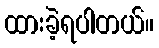
ထားခဲ့ရပါတယ်။